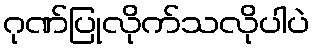
ဂုဏ်ပြုလိုက်သလိုပါပဲ